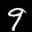
Label: 9